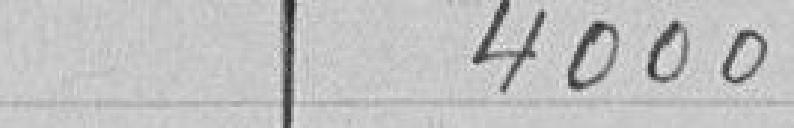
4000